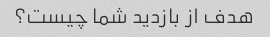
هدف از بازدید شما چیست؟